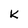
Character: K